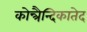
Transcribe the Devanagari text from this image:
कोन्त्रैन्दिकातेद